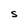
Character: S